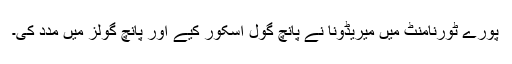
پورے ٹورنامنٹ میں میریڈونا نے پانچ گول اسکور کیے اور پانچ گولز میں مدد کی۔